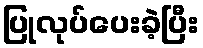
ပြုလုပ်ပေးခဲ့ပြီး